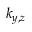
k _ { y , z }